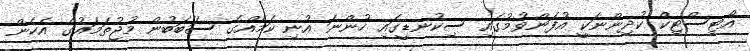
އޯޓިސްޓިކް ކުދިންނަކީ އުފަންވުމުގައި ސިކުނޑީގައި ހުންނަ އުނި ކަމެއްގެ ސަބަބުން މުޖުތަމައުގެ އެހެން